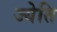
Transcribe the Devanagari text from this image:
ज्येति